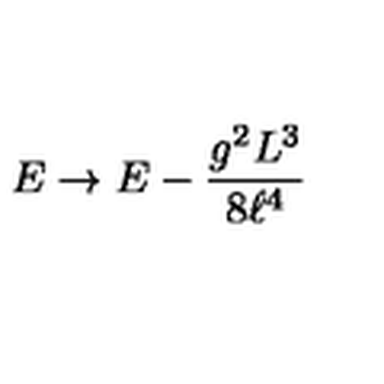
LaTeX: E \rightarrow E - \frac { g ^ { 2 } L ^ { 3 } } { 8 \ell ^ { 4 } }